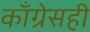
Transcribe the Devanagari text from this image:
काँग्रेसही